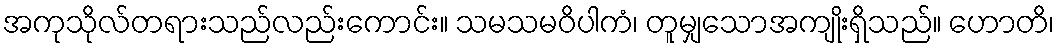
အကုသိုလ်တရားသည်လည်းကောင်း။ သမသမဝိပါကံ၊ တူမျှသောအကျိုးရှိသည်။ ဟောတိ၊